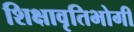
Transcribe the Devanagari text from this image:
शिक्षावृतिभोगी